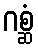
ဂစ္ဆံ